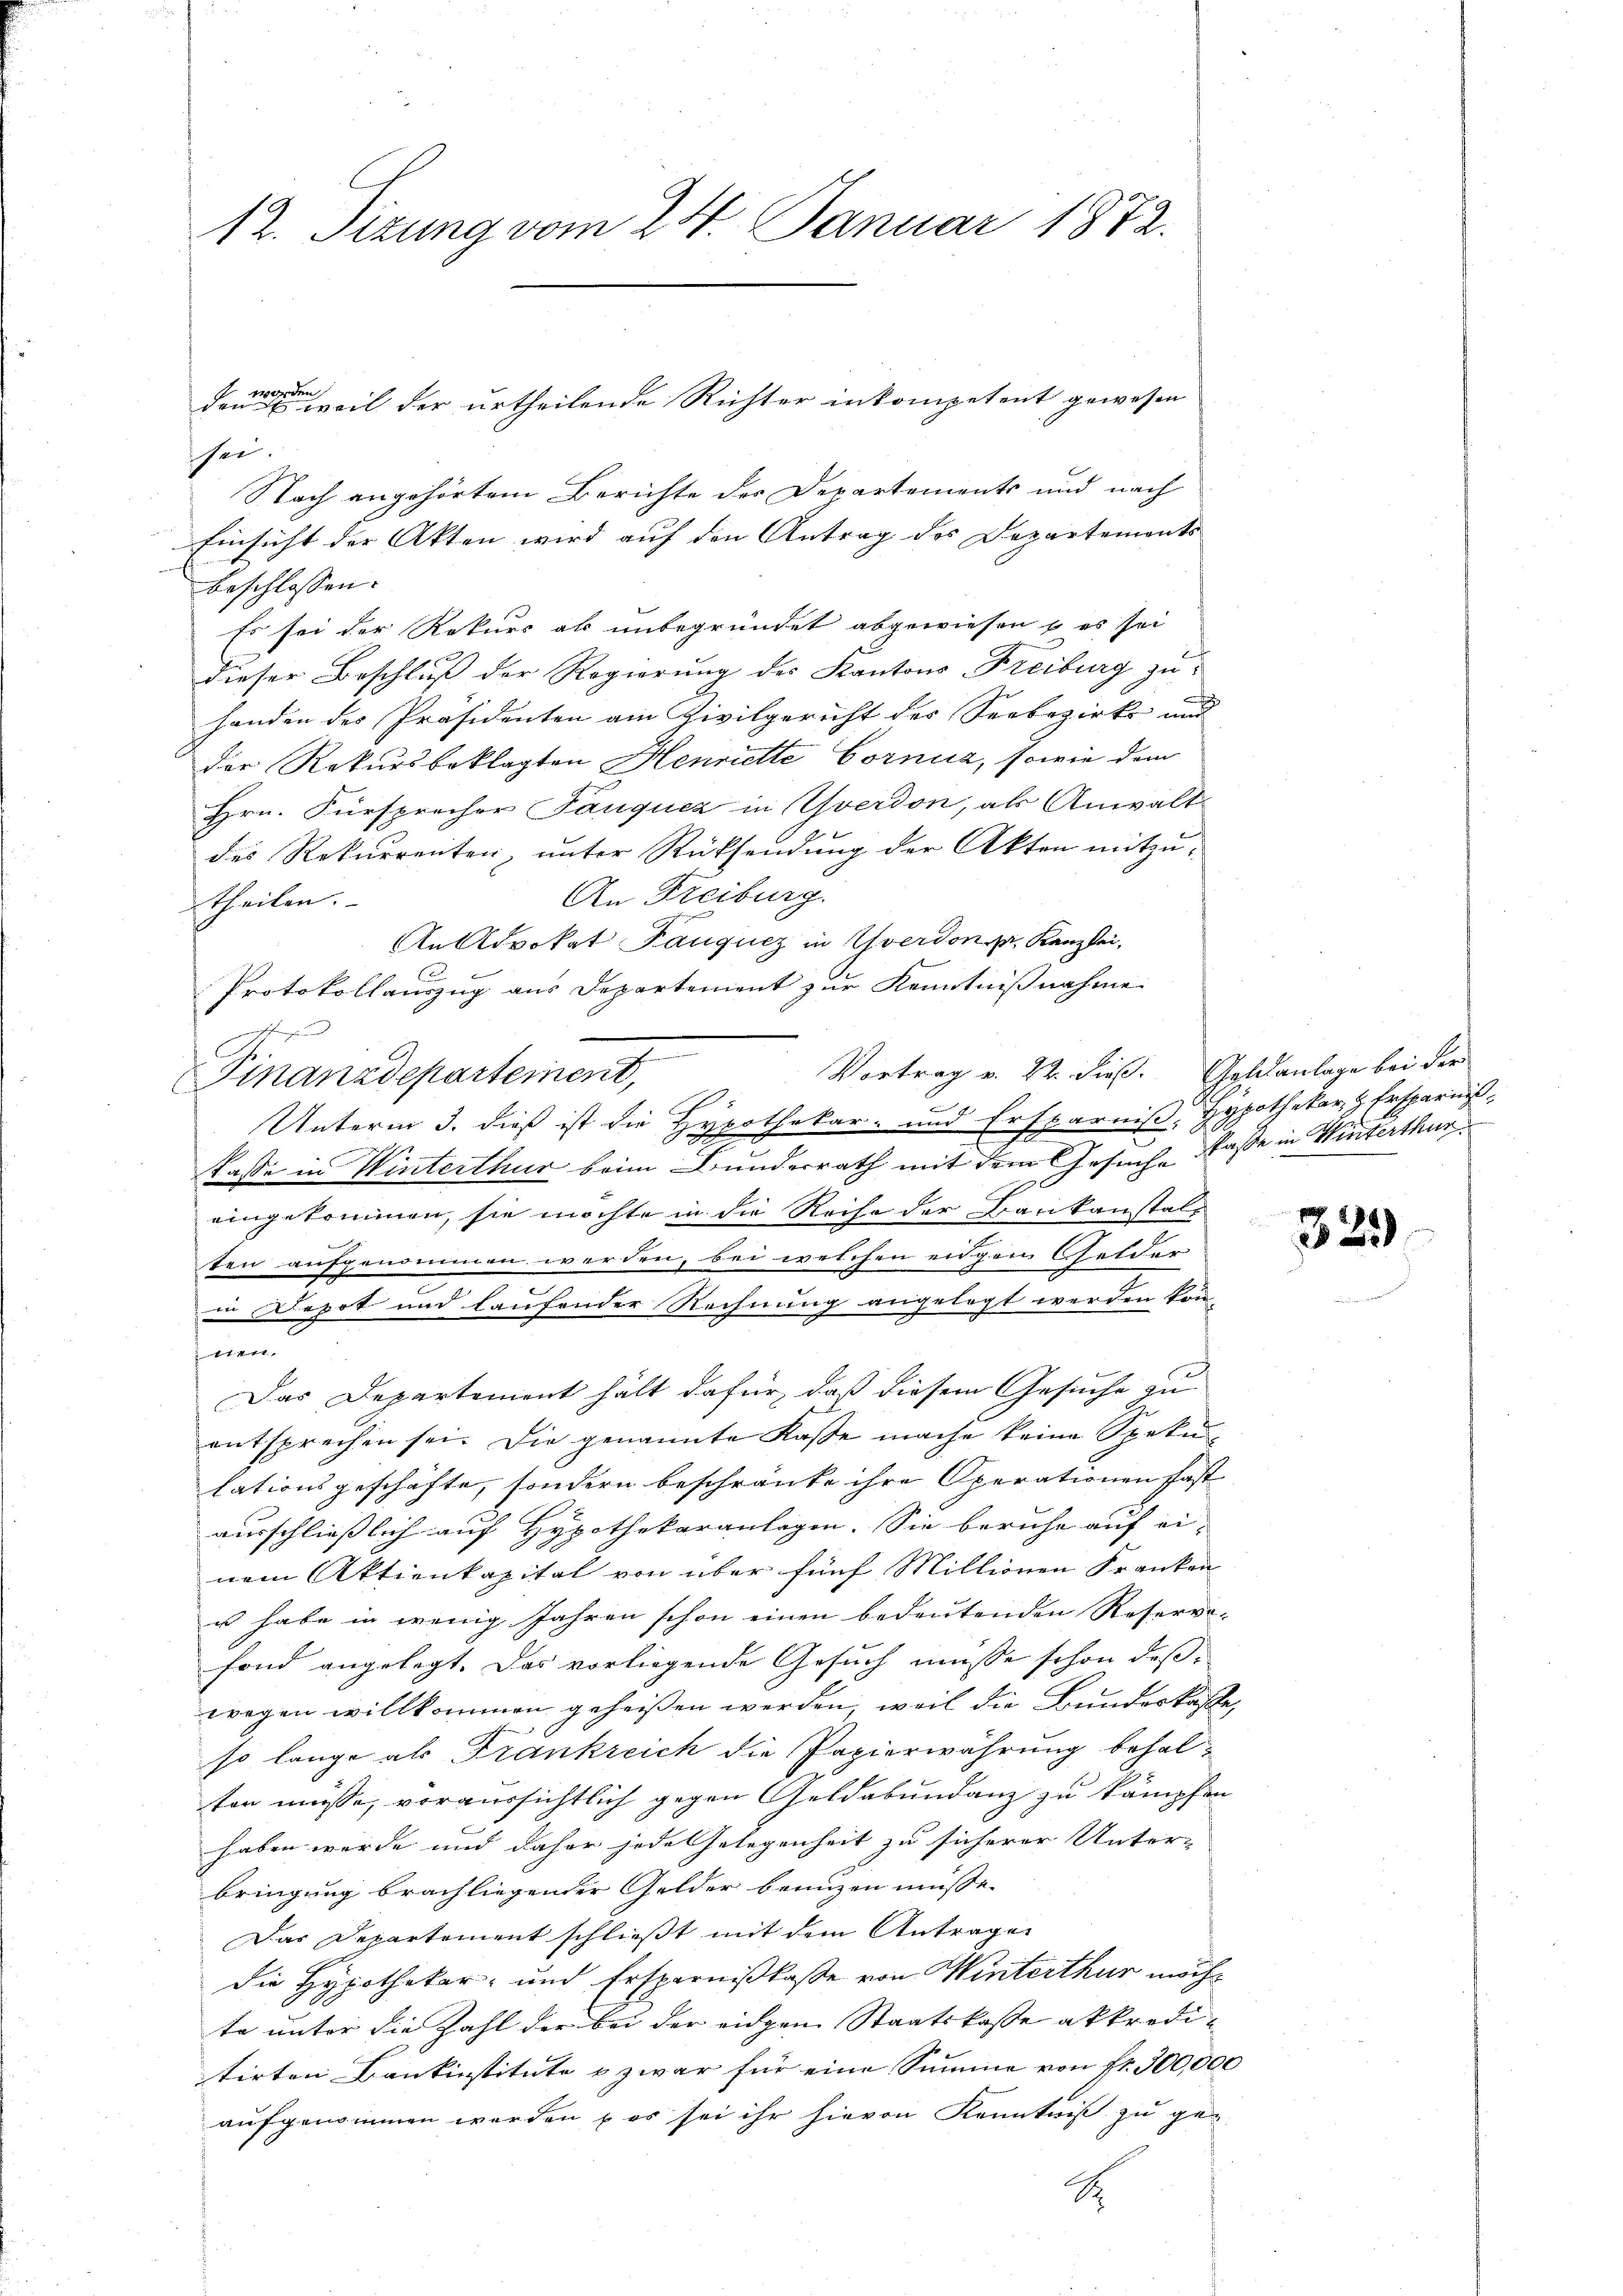
12. Sitzung vom 24. Januar 1872.

t worden
sei.
Nach angehörtem Berichte des Departements und nach
Einsicht der Akten wird auf den Antrag des Departements
beschlossen:
Es sei der Rekurs als unbegründet abgewiesen & es sei
dieser Beschluß der Regierung des Kantons-Freiburg zuhanden des Präsidenten am Zivilgericht des Seebezirks und
Der Rekursbeklagten Henriette Corniz, sowie dem
Hrn. Fürsprecher Tauquez in Yverdon, als Anwalt
des Rekurrenten, unter Rücksendung der Akten mitzu¬
An Freiburg.
theilen.
AnAdvokat Pauquez in verdon, Kanzlei,
Protokollauszug aus Departement zur Kenntnißnahmen
t
Vortrag v. 22. dieß. Geldanlage bei der
Finanzdepartement,
.
Unterm 3. dieß ist die Hypothekar- und Ersparniß: Hypothekar, 1 Ersparnis,

kasse in Winterthur beim Bunderrath mit dem Gesuche Paße in Winterthur
eingekommen, sie möchte in die Reise der Baukanstals
ten aufgenommen werden, bei welchen eidgen Gelder
i Depot und laufender Rechnung angelegt werden kon-
nen.
Das Departement hält dafür, daß diesem Gesuche zu
entsprechen sei. Die genannte Kasse mache keine Speku-
sationsgeschäfte, sondern beschränke ihre Operationen fast
ausschließlich auf Hypothekaranlagen. Sie beruhe auf einem Aktienkapital von über fünf Millionen Kranken
u habe in wenig Jahren schon einen bedeutenden Reservo-
fond angelegt. Das vorliegende Gesuch müsse schon deßwegen willkommen geheißen werden, weil die Bundeskasse,
so lange als Frankreich die Papierwährung behalten müsse, voraussichtlich gegen Geldabundenz zu kämpfen
haben werde und daher jede Gelegenheit zu sicherer Unter- |
bringung brach liegender Gelder benuzen müsse.
Das Departement schließt mit dem Antragen
die Hypothekar- und Ersparnißkaße von Winterthur möchte unter die Zahl der bei der eidgen Staatskasse akkredi-
tirten Bankinstitute & zwar für eine Summe von fr. 300,000
aufgenommen werden & es sei ihr hievon Kenntniß zu ge-
.

den & weil der urtheilende Richter inkompetent gewesen

329.